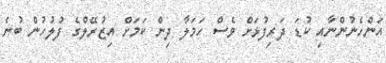
އަންހެނުންނާއި ކުޑަ ދަރިފުޅަށް ވެސް ހަމަލާ ދިން ކަމަށް އިޒުރޭލްގެ ފުލުހުން ބުނެ